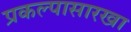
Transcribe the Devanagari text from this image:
प्रकल्पासारखा